Scottish Certificate of Education, 1962
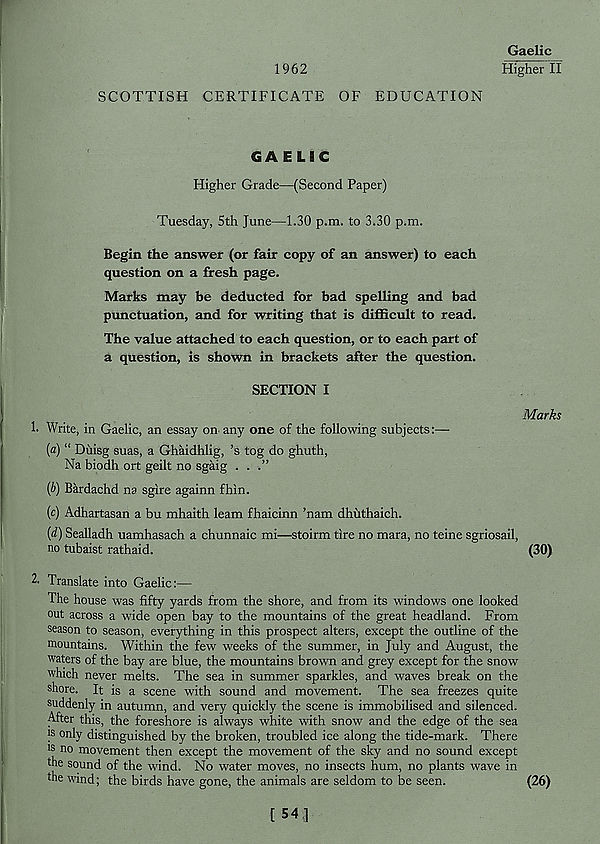
Gaelic
1962
Higher!!
SCOTTISH CERTIFICATE OF EDUCATION
GAELIC
Higher Grade—(Second Paper)
Tuesday, 5th June—1.30 p.m. to 3.30 p.m.
Begin the answer (or fair copy of an answer) to each
question on a fresh page.
Marks may be deducted for bad spelling and bad
punctuation, and for writing that is difficult to read.
The value attached to each question, or to each part of
a question, is shown in brackets after the question.
SECTION I
Marks
1. Write, in Gaelic, an essay on any one of the following subjects:—
{a) “ Diiisg suas, a Ghaidhlig, ’s tog do ghuth,
Na biodh ort geilt no sgaig . . .”
ib) Bardachd na sgire againn fhin.
(c) Adhartasan a bu mhaith leam fhaicinn ’nam dhuthaich.
(d) Sealladh uamhasach a chunnaic mi—stoirm tire no mara, no teine sgriosail,
no tubaist rathaid.
(30)
2- Translate into Gaelic:—
The house was fifty yards from the shore, and from its windows one looked
out across a wide open bay to the mountains of the great headland. From
season to season, everything in this prospect alters, except the outline of the
mountains. Within the few weeks of the summer, in July and August, the
waters of the bay are blue, the mountains brown and grey except for the snow
which never melts. The sea in summer sparkles, and waves break on the
shore. It is a scene with sound and movement. The sea freezes quite
suddenly in autumn, and very quickly the scene is immobilised and silenced.
After this, the foreshore is always white with snow and the edge of the sea
is only distinguished by the broken, troubled ice along the tide-mark. There
15 no movement then except the movement of the sky and no sound except
the sound of the wind. No water moves, no insects hum, no plants wave in
the wind; the birds have gone, the animals are seldom to be seen.
(26)
[ 54 ]